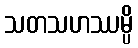
သတသဟဿမ္ပိ